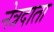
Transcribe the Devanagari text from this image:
नेत्रदाता